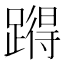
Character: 𰸪